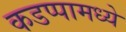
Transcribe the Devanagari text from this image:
कडप्पामध्ये